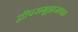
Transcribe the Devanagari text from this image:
द्वीपसमूहाजवळ